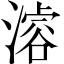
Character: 𣽊